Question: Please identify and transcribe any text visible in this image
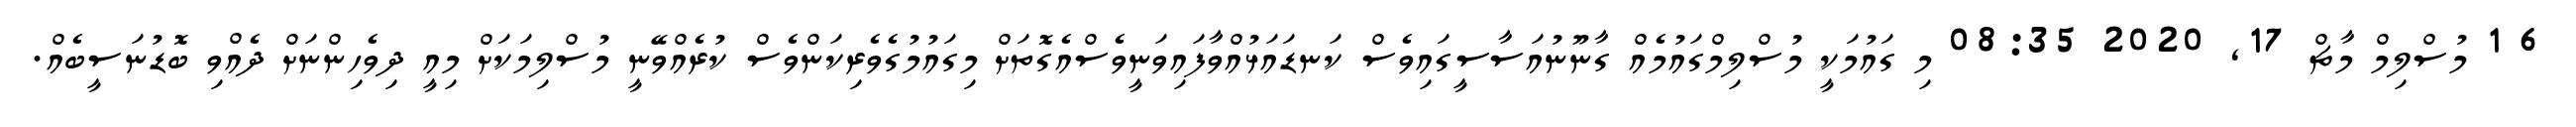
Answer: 6 1 މުސްލިމް މާޗް 17, 2020 08:35 މި ގައުމަކީ މުސްލިމްގައުމެއް ގާނޫނުއަސާސީގައިވެސް ކަނޑައަޅުއްވާފައިވަނީވެސްއެގޮތަށް މިގައުމުގެވެރިކަންވެސް ކުރެއްވޭނީ މުސްލިމަކަށް މިއީ ދިވެހިންނަށް ދެއްވި ބޮޑުނަސީބެއް.